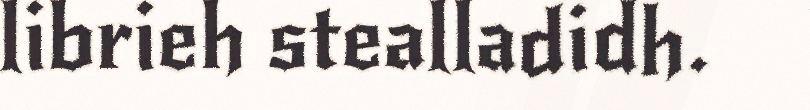
librieh stealladidh.